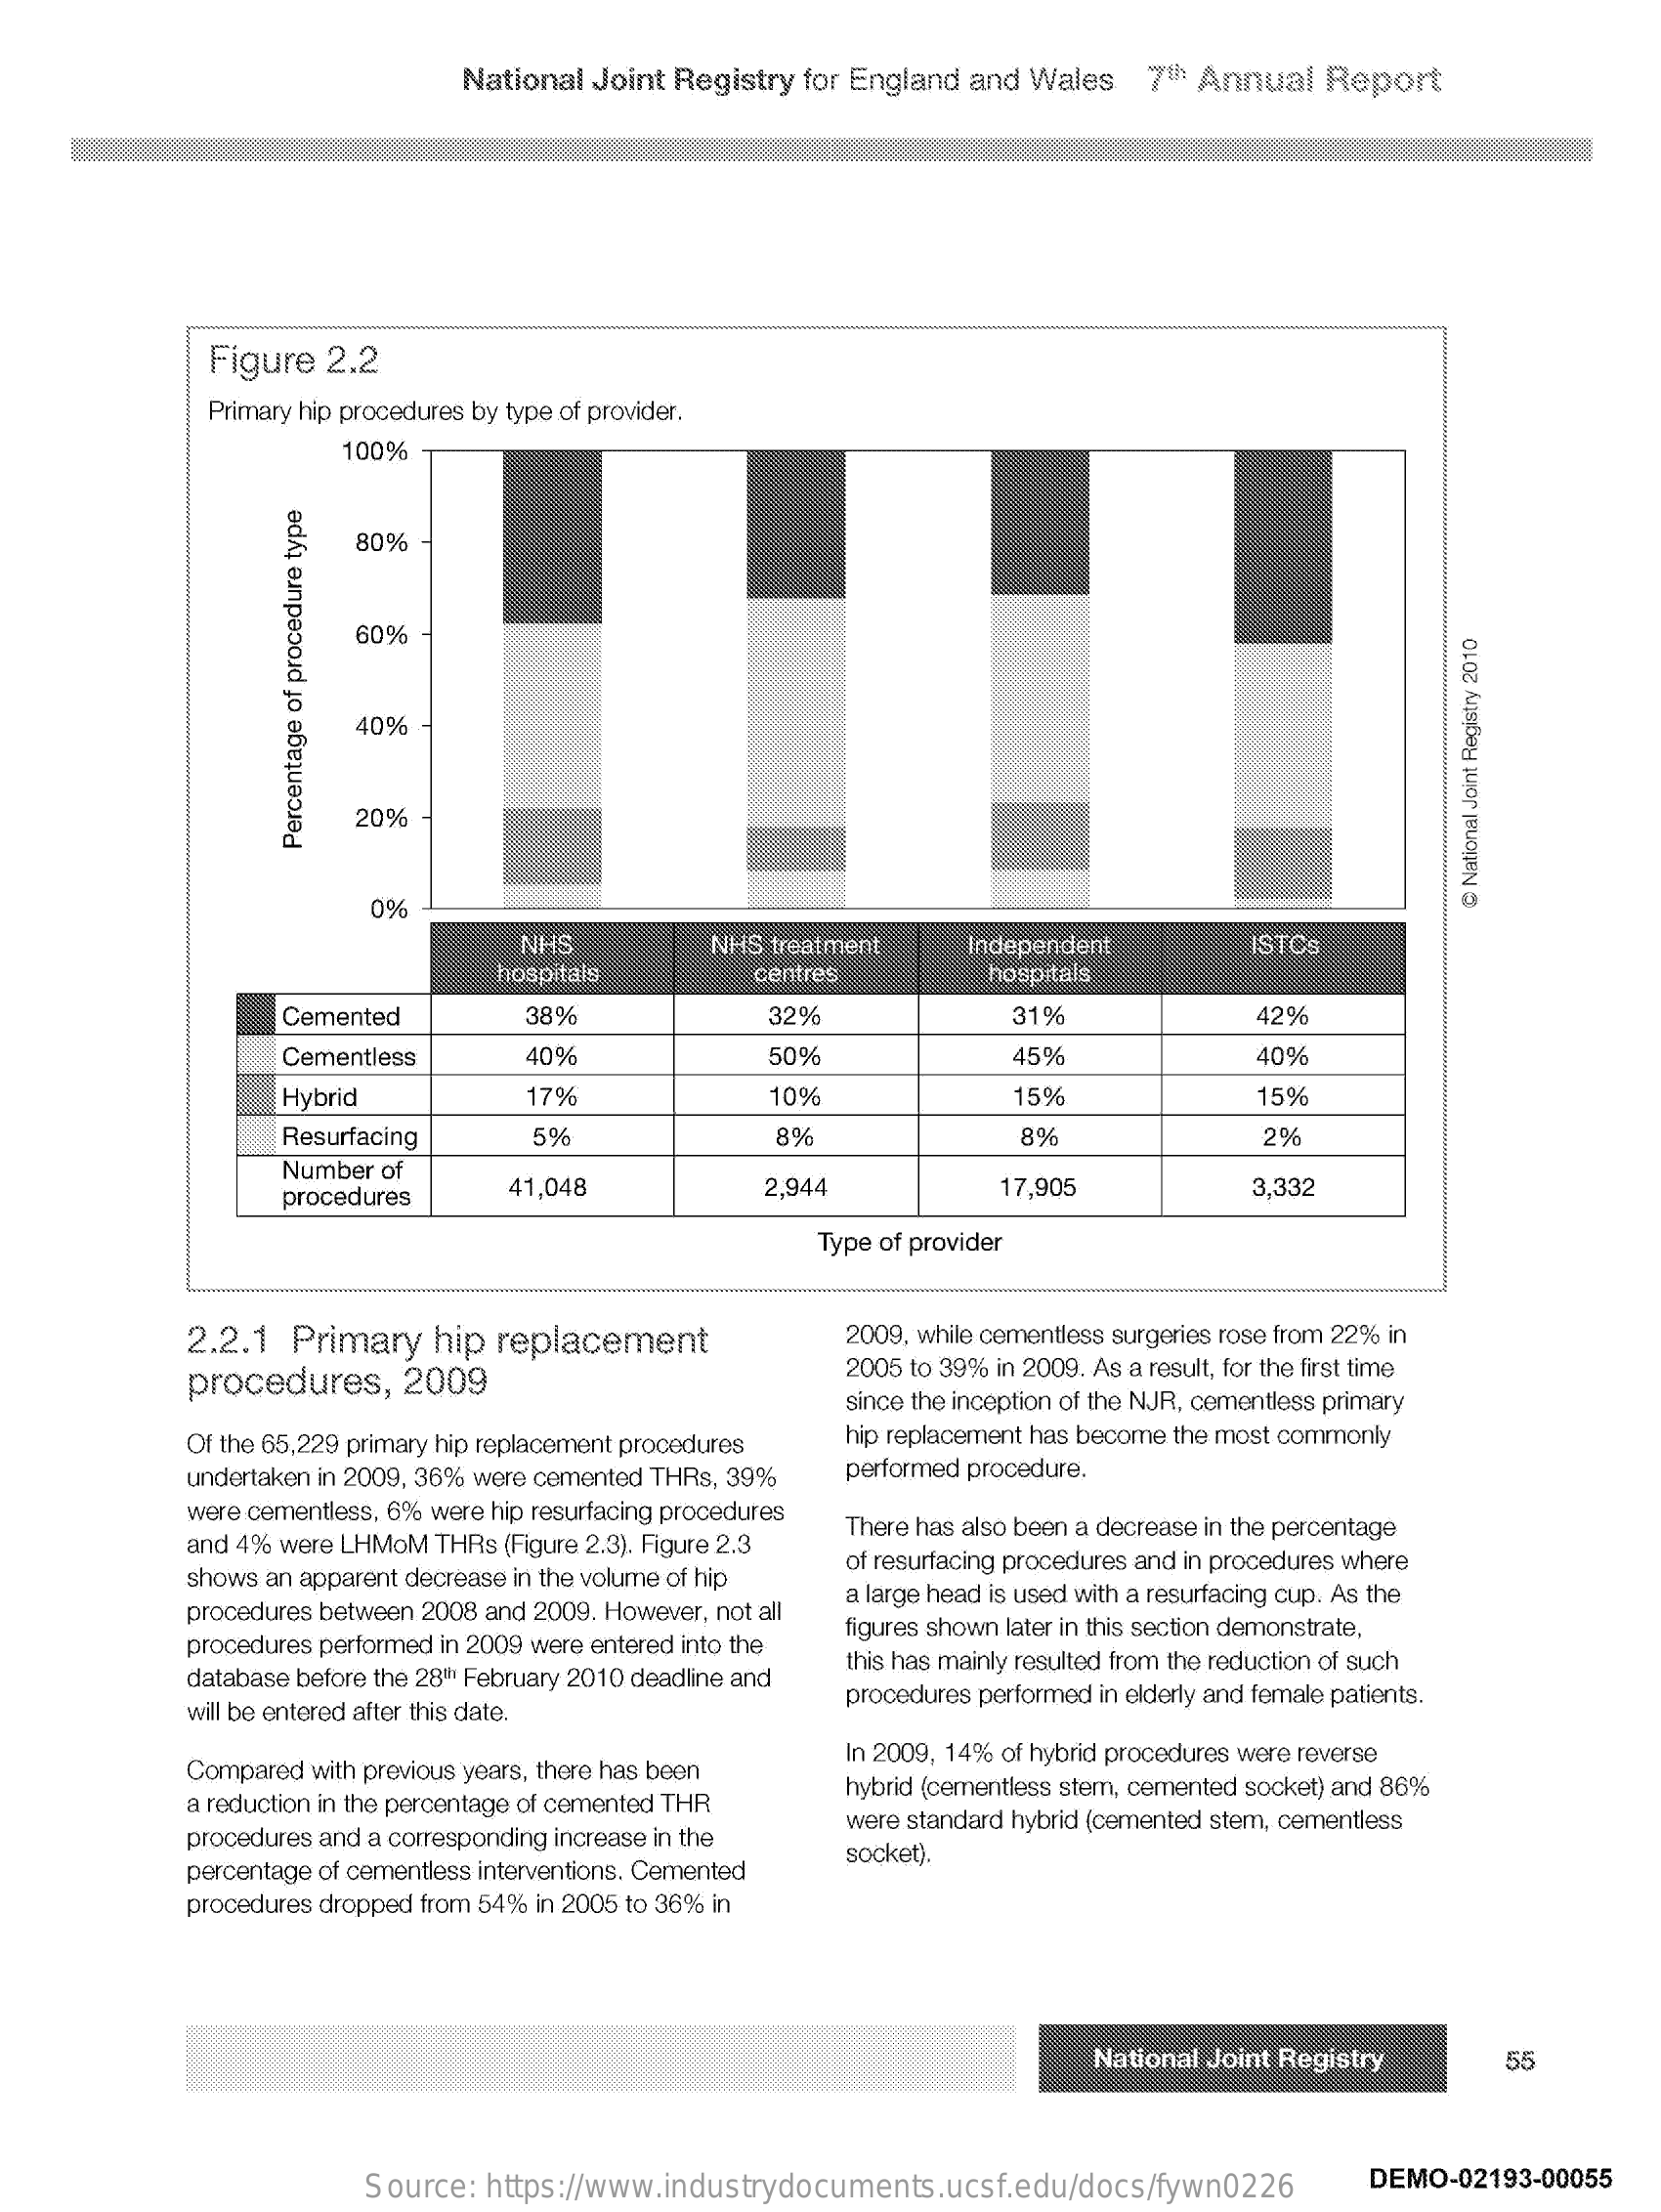
National Joint Registry for England and Wales 7th Annual Report
     Figure  2.2
     Primary hip procedures by type of provider.
     100%
     80%
     60%
     40%
     20%
     Percentage
     of
     procedure
     type
     0%
     @
     National
     Joint
     Registry
     2010
     NHS    NHS treatment    Independent    ISTCs
     hospitals    centres    hospitals
     Cemented    38%    32%    31%    42%
     Cementless    40%    50%    45%    40%
     Hybrid    17%    10%    15%    15%
     Resurfacing    5%    8%    8%    2%
     Number of
     procedures    41,048    2,944    17,905    3,332
     Type of provider
     2.2.1 Primary   hip replacement    2009, while cementless surgeries rose from 22% in
     procedures,   2009
     2005 to 39% in 2009. As a result, for the first time
     since the inception of the NJR, cementless primary
     Of the 65,229 primary hip replacement procedures hip replacement has become the most commonly
     undertaken in 2009, 36% were cemented THRs, 39% performed procedure.
     were cementless, 6% were hip resurfacing procedures
     and 4% were LHMOM THRs (Figure 2.3). Figure 2.3
     There has also been a decrease in the percentage
     shows an apparent decrease in the volume of hip
     of resurfacing procedures and in procedures where
     procedures between 2008 and 2009. However, not all
     a large head is used with a resurfacing cup. As the
     procedures performed in 2009 were entered into the
     figures shown later in this section demonstrate,
     database before the 28th February 2010 deadline and
     this has mainly resulted from the reduction of such
     will be entered after this date.
     procedures performed in elderly and female patients.
     Compared with previous years, there has been
     In 2009, 14% of hybrid procedures were reverse
     a reduction in the percentage of cemented THR
     hybrid (cementless stem, cemented socket) and 86%
     procedures and a corresponding increase in the
     were standard hybrid (cemented stem, cementless
     percentage of cementless interventions. Cemented
     socket).
     procedures dropped from 54% in 2005 to 36% in
     National Joint Registry    55
     Source: https://www.industrydocuments.ucsf.edu/docs/fywn0226    DEMO-02193-00055